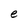
Character: e